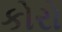
કોરો